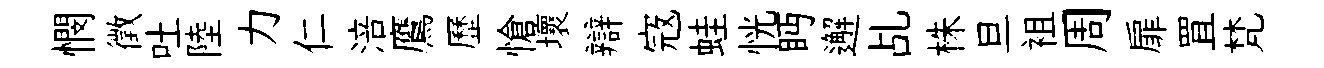
憫徵吐陸力仁涪鷹歷愴壞辯𡨥蛙恍眄邂乩株旦袓周扉罝梵